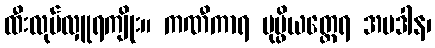
ထီးလုပ်လှူရကျိုး။ ကဏီကာရ ပုပ္ဖိယတ္ထေရ အပဒါန၊